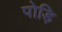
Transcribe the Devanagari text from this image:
पोड़ि